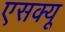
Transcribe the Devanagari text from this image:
एसक्यू